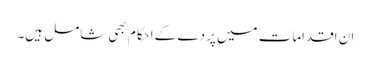
ان اقدامات میں پردے کے احکام بھی شامل ہیں۔